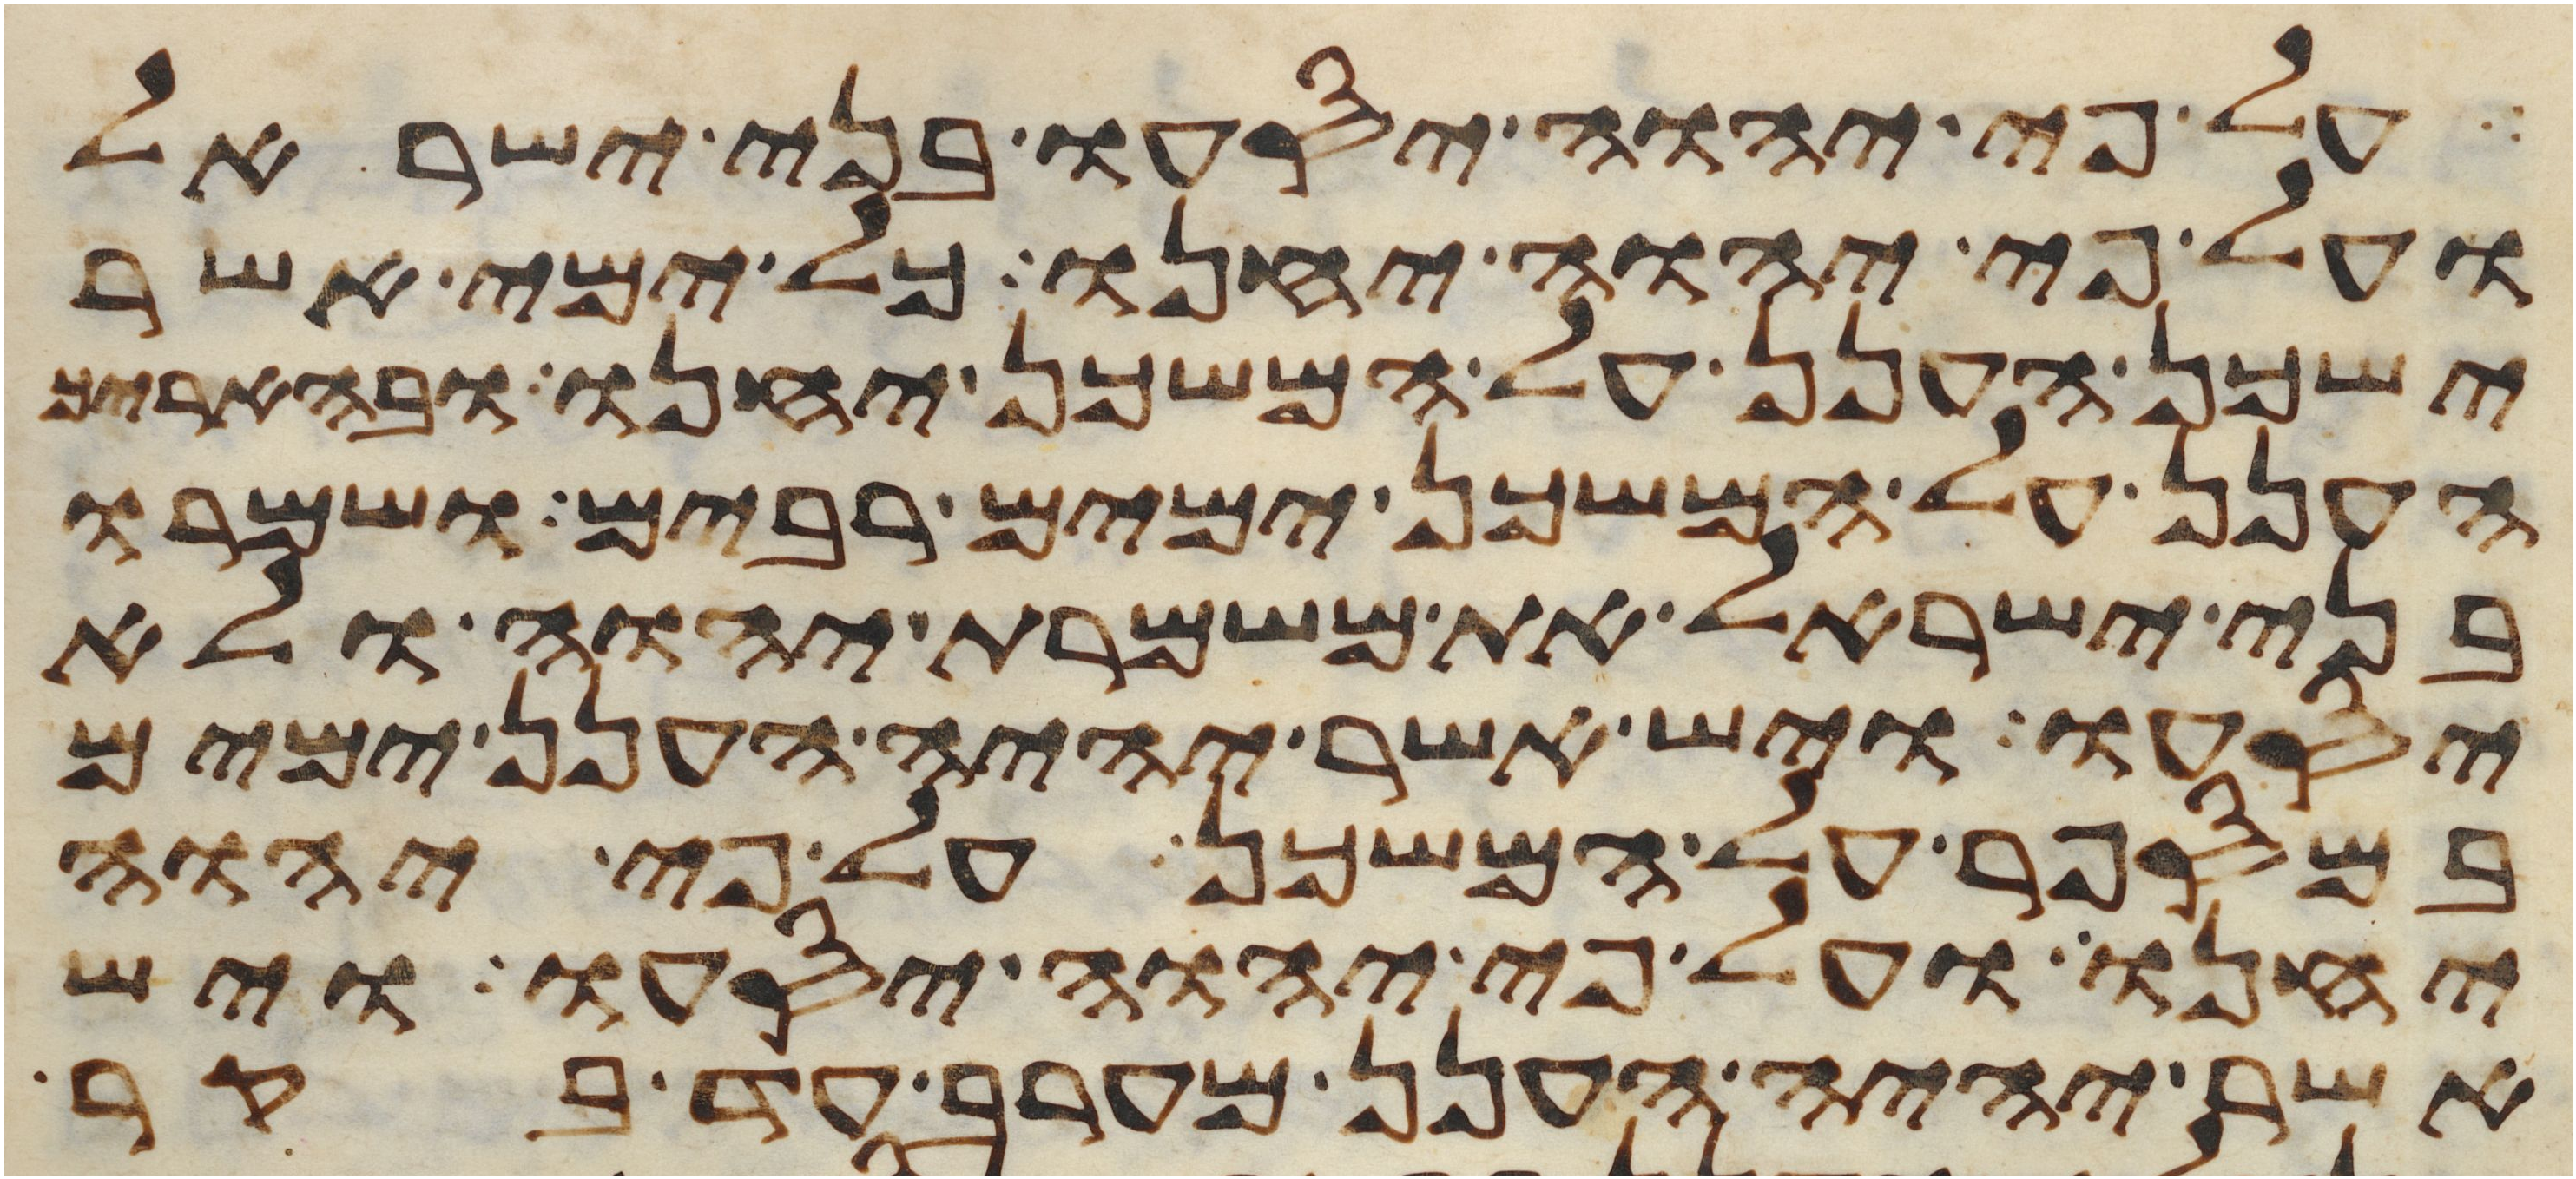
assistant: על פי יהוה יסעו בני ישראל
ועל פי יהוה יחנו כל ימי אשר
ישכן הענן על המשכן יחנו ובהאריך
הענן על המשכן ימים רבים ושמרו
בני ישראל את משמרת יהוה ולא
יסעו ויש אשר יהיה הענן ימים
במספר על המשכן על פי יהוה
יחנו ועל פי יהוה יסעו ויש
אשר יהיה הענן מערב עד בקר